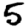
Digit: 5